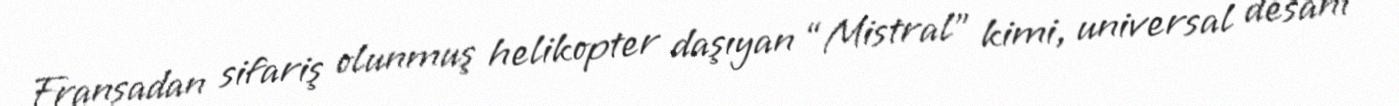
Fransadan sifariş olunmuş helikopter daşıyan “Mistral” kimi, universal desant